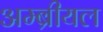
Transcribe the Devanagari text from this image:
अम्ब्रीयल